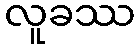
လူခဿ